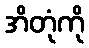
အိတုံကို